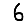
Digit: 6